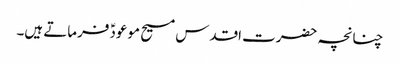
چنانچہ حضرت اقدس مسیح موعودؑ فرماتے ہیں۔